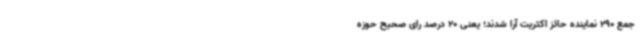
جمع 290 نماینده حائز اکثریت آرا شدند؛ یعنی 20 درصد رای صحیح حوزه